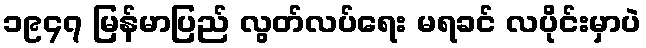
၁၉၄၇ မြန်မာပြည် လွတ်လပ်ရေး မရခင် လပိုင်းမှာပဲ